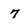
Character: 7